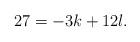
LaTeX: \begin{align*}27 = -3k +12 l.\end{align*}